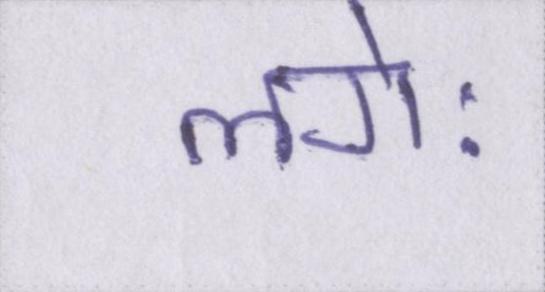
लगेः